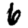
Digit: 6